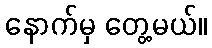
နောက်မှ တွေ့မယ်။